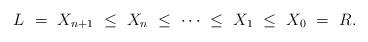
LaTeX: \begin{align*}L \ = \ X_{n+1} \ \leq \ X_{n} \ \leq \ \cdots \ \leq \ X_1 \ \leq \ X_{0} \ = \ R.\end{align*}